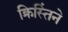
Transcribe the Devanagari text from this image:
क्रिस्तिंने